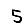
Digit: 5